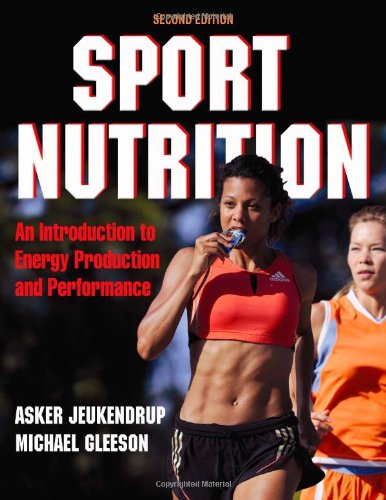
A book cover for Sport Nutrition - 2nd Edition; Asker Jeukendrup; Sports & Outdoors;